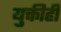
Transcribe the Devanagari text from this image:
युक्तीही